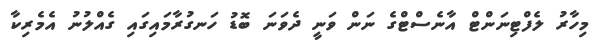
މިހާރު ލެފްޓިނަންޓް އާނެސްޓްގެ ނަން ވަނީ ދެވަނަ ބޮޑު ހަނގުރާމައިގައި ގެއްލުނު އެމެރިކާ